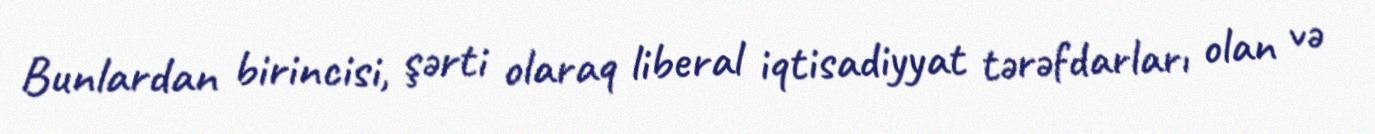
Bunlardan birincisi, şərti olaraq liberal iqtisadiyyat tərəfdarları olan və